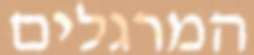
המרגלים